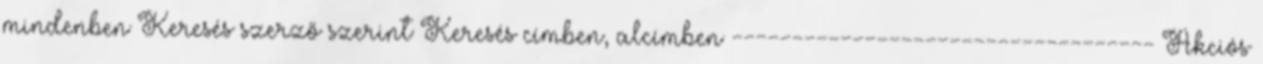
mindenben Keresés szerző szerint Keresés címben, alcímben ----------------------------------- Akciós